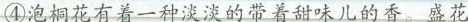
④泡桐花有着一种淡淡的带着甜味儿的香。盛花